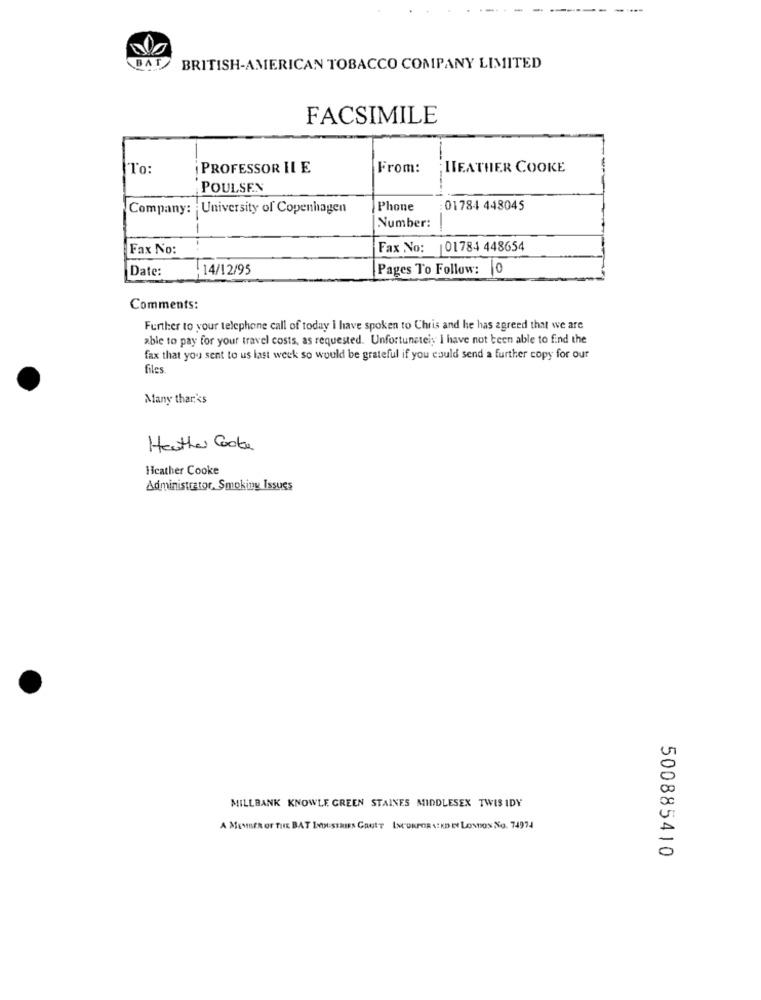
BAT
BRITISH-AMERICAN TOBACCO COMPANY LIMITED
FACSIMILE
"To:
PROFESSOR IL E
From:
HEATHER COOKE
POULSEN
Company: University of Copenhagen
Phone
01784 448045
Number:
Fax No:
Fax No: 01784 448654
Date:
.14/12/95
Pages To Follow: 0
Comments:
Further to your telephone call of today I have spoken to Chris and he has agreed that we are
able to pay for your travel costs, as requested. Unfortunately I have not been able to find the
fax that you sent to us last week so would be grateful if you could send a further copy for our
files.
Many thar's
Heather Cooke
Hcather Cooke
Administrator, Smoking Issues
20
MILLBANK KNOWLE GREEN STAINES MIDDLESEX TWIS IDY
U:
A MEMBER OF THE BAT INDUSTRIES GAULT INCORPORA!KDE LONDON NO. 74974
A
500885410